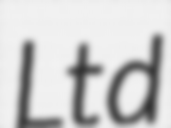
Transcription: Ltd